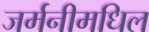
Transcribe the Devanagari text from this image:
जर्मनीमधिल